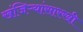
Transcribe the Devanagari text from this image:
खंजिऱ्यांसारखी